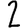
Digit: 2